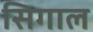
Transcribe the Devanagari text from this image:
सिगाल